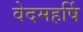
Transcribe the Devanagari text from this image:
वेदमहर्षि